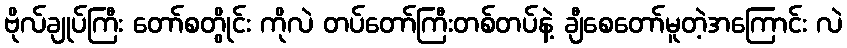
ဗိုလ်ချုပ်ကြီး တော်စတွိုင်း ကိုလဲ တပ်တော်ကြီးတစ်တပ်နဲ့ ချီစေတော်မူတဲ့အကြောင်း လဲ